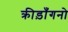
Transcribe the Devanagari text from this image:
क्रीड़ाँगनो